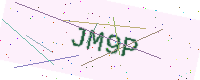
Text: JM9P